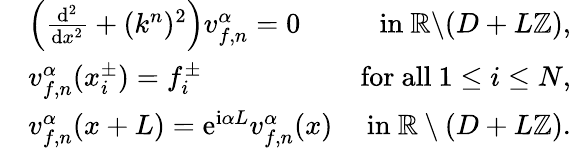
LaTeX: \begin{array}{rlr}&{\left(\frac{\mathrm{d}^{2}}{\mathrm{d}x^{2}}+(k^{n})^{2}\right)v_{f,n}^{\alpha}=0}&{\mathrm{in~}\mathbb{R}\backslash(D+L\mathbb{Z}),}\\ &{v_{f,n}^{\alpha}(x_{i}^{\pm})=f_{i}^{\pm}}&{\mathrm{for~all~}1\leq i\leq N,}\\ &{v_{f,n}^{\alpha}(x+L)=\mathrm{e}^{\mathrm{i}\alpha L}v_{f,n}^{\alpha}(x)}&{\mathrm{in~}\mathbb{R}\setminus(D+L\mathbb{Z}).}\end{array}